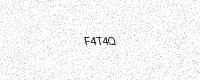
Text: F4T4Q